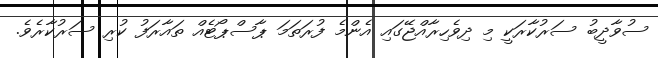
ސުވާދީބު ސަރުކާރަކީ މި ދިވެހިރާއްޖޭގައި އެންމެ ފުރަތަމަ ޕާސްޕޯޓެއް ތައާރަފު ކުރި ސަރުކާރެވެ.